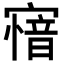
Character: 𡪟